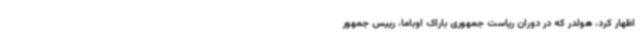
اظهار کرد، هولدر که در دوران ریاست جمهوری باراک اوباما، رییس جمهور